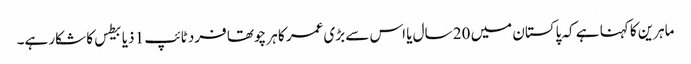
ماہرین کا کہنا ہے کہ پاکستان میں 20 سال یا اس سے بڑی عمر کا ہر چوتھا فرد ٹائپ 1 ذیابیطس کا شکار ہے۔